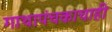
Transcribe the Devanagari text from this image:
गाथापंचकाचाही